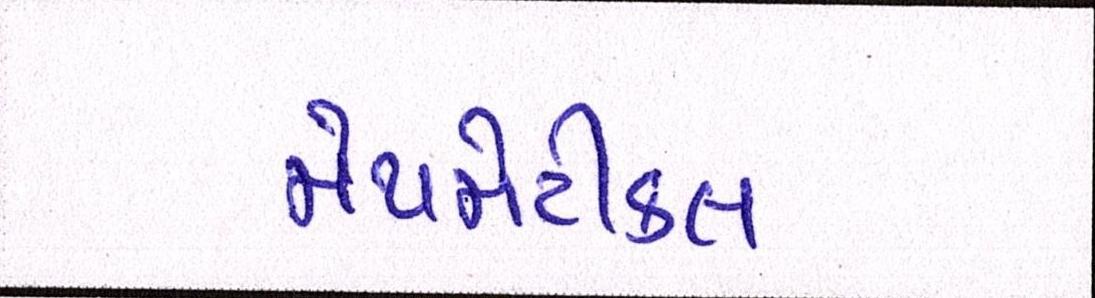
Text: મેથમેટીકલ